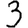
Digit: 3